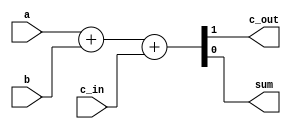
module fa(output wire c_out, sum, input wire a, b, c_in);
  
  assign {c_out, sum} = a + b + c_in; // si cambias el orden afecta porque es el mas significativo
 
endmodule